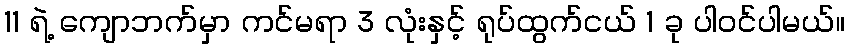
11 ရဲ့ ကျောဘက်မှာ ကင်မရာ 3 လုံးနှင့် ရုပ်ထွက်ငယ် 1 ခု ပါဝင်ပါမယ်။